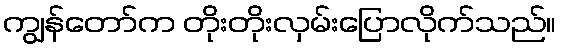
ကျွန်တော်က တိုးတိုးလှမ်းပြောလိုက်သည်။